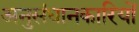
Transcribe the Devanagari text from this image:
अनुसंधानकारियों